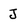
Character: J